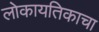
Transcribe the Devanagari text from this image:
लोकायतिकाचा